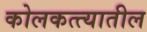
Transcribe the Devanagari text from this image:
कोलकत्त्यातील